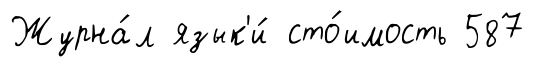
Журна́л язык'и́ сто́имость 587